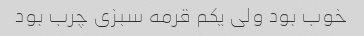
خوب بود ولی یکم قرمه سبزی چرب بود